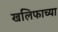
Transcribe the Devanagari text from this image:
खलिफाच्या